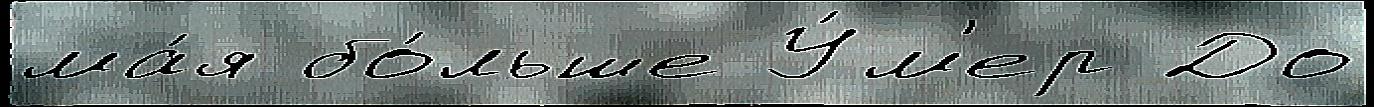
ма́я бо́льше У́м'ер До